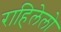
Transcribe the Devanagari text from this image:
राहिलेलो